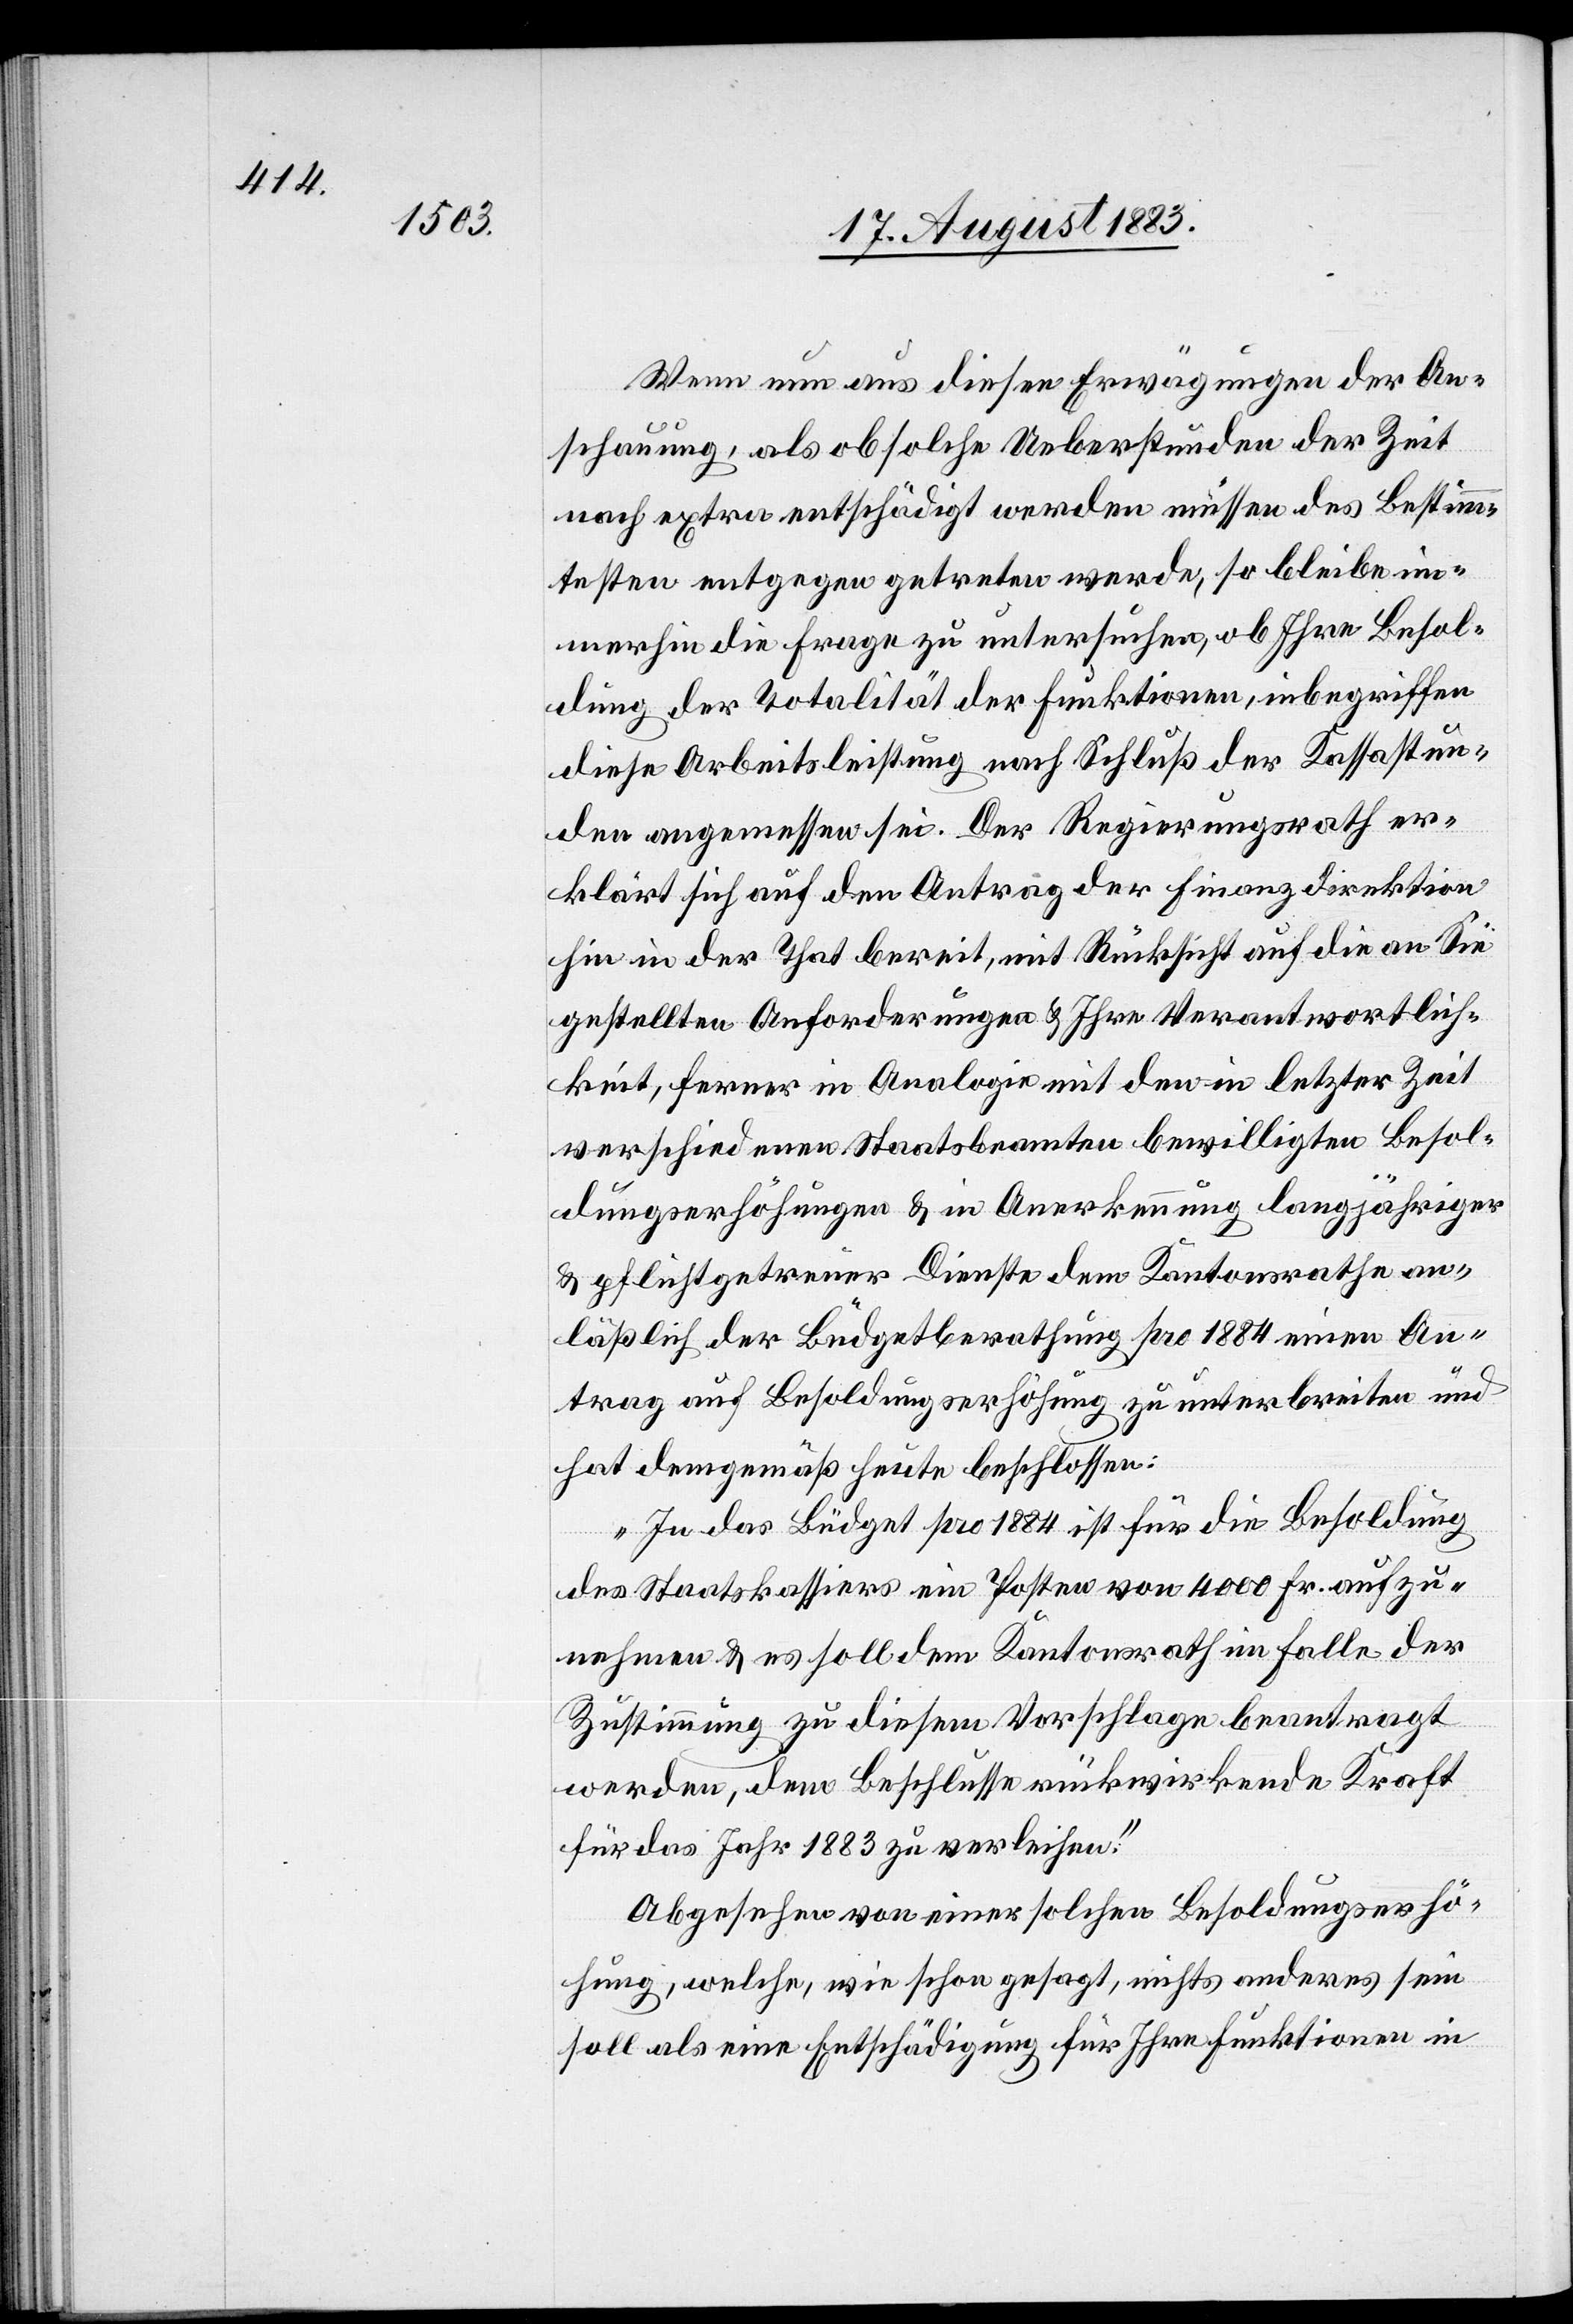
Wenn nun aus diesen Erwägungen der An¬
schauung, als ob solche Ueberstunden der Zeit
nach extra entschädigt werden müssen des Bestimm¬
testen entgegen getreten werde, so bleibe im¬
merhin die Frage zu untersuchen, ob Ihre Besol¬
dung der Totalität der Funktionen, inbegriffen
diese Arbeitsleistung nach Schluß der Kassastun¬
den angemessen sei. Der Regierungsrath er¬
klärt sich auf den Antrag der Finanzdirektion
hin in der That bereit, mit Rücksicht auf die an Sie
gestellten Anforderungen & Ihre Verantwortlich¬
keit, ferner in Analogie mit den in letzter Zeit
verschiedenen Staatsbeamten bewilligten Besol¬
dungserhöhungen & in Anerkennung langjähriger
& pflichtgetreuer Dienste dem Kantonsrathe an¬
läßlich der Büdgetberathung pro 1884 einen An¬
trag auf Besoldungserhöhung zu unterbreiten und
hat demgemäß heute beschlossen:
„In das Büdget pro 1884 ist für die Besoldung
des Staatskassiers ein Posten von 4000 Fr. aufzu¬
nehmen & es soll dem Kantonsrath im Falle der
Zustimmung zu diesem Vorschlage beantragt
werden, dem Beschlusse rückwirkende Kraft
für das Jahr 1883 zu verleihen.“
Abgesehen von einer solchen Besoldungserhö¬
hung, welche, wie schon gesagt, nichts anderes sein
soll als eine Entschädigung für Ihre Funktionen in